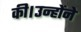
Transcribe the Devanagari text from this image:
की।उन्होंने